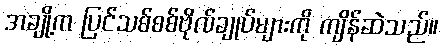
အချို့က ပြင်သစ်စစ်ဗိုလ်ချုပ်များကို ကျိန်ဆဲသည်။